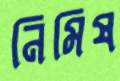
নিমিষ